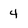
Character: 4